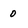
Character: 0